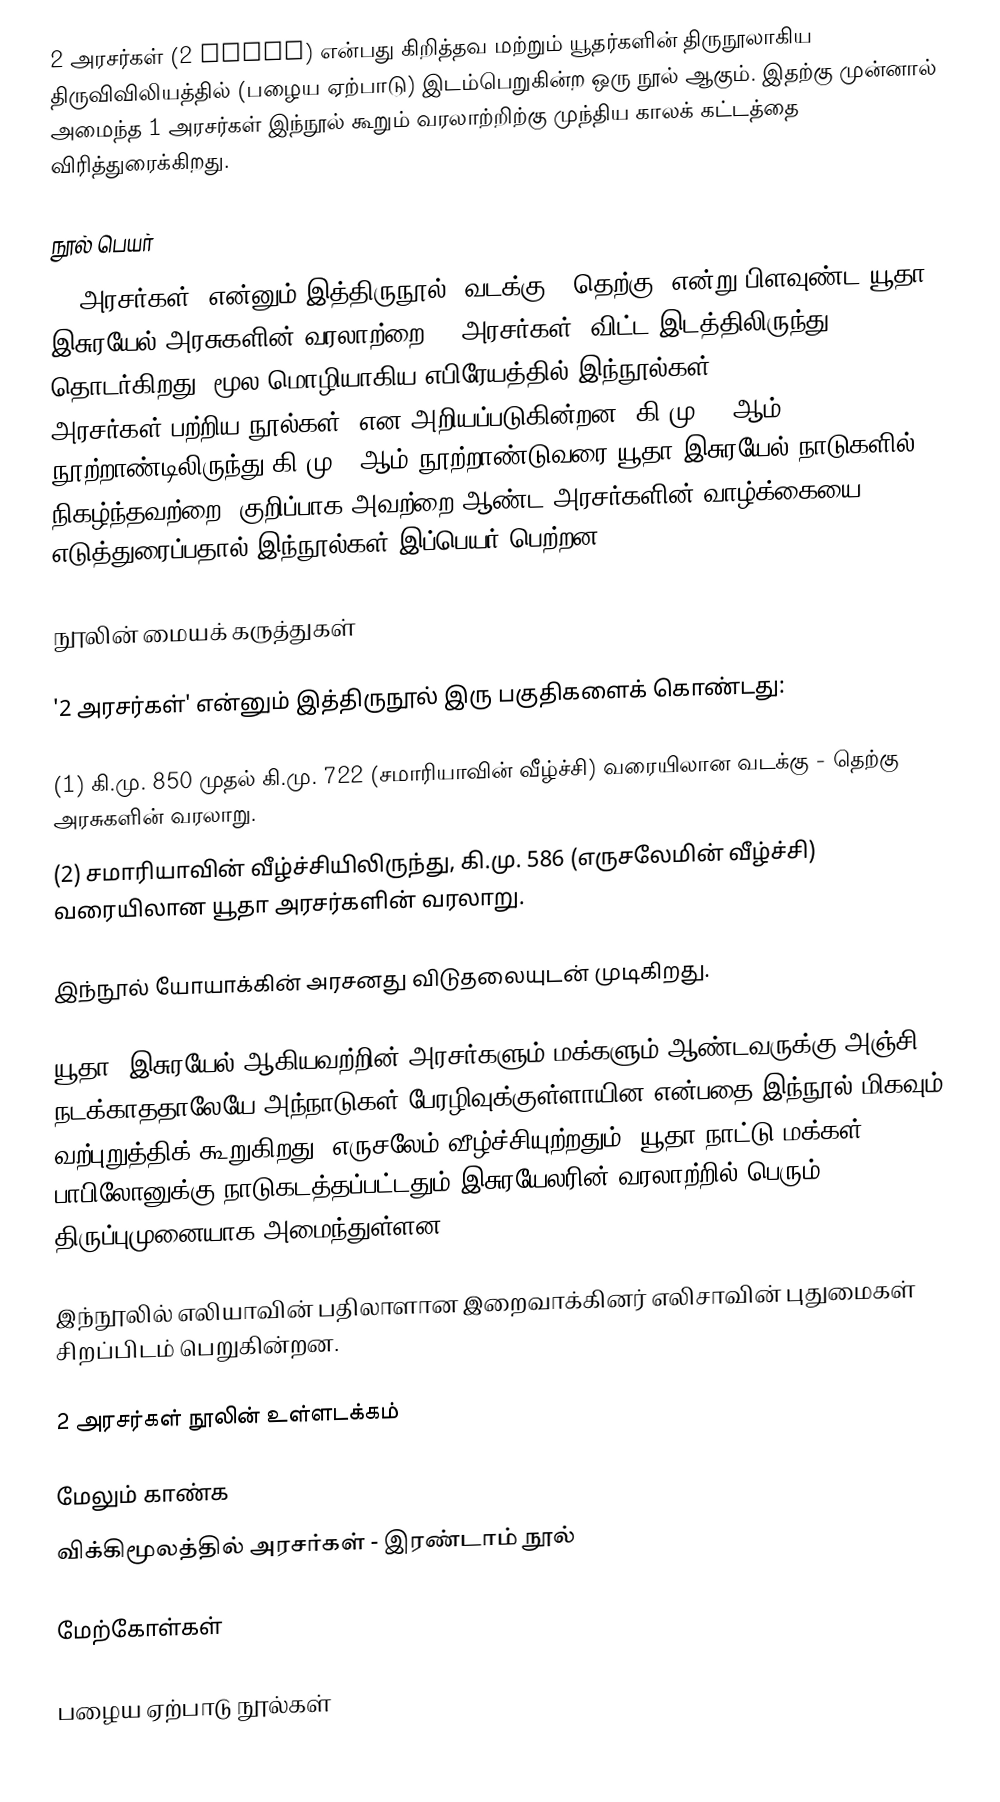
2 அரசர்கள் (2 Kings) என்பது கிறித்தவ மற்றும் யூதர்களின் திருநூலாகிய திருவிவிலியத்தில் (பழைய ஏற்பாடு) இடம்பெறுகின்ற ஒரு நூல் ஆகும். இதற்கு முன்னால் அமைந்த 1 அரசர்கள் இந்நூல் கூறும் வரலாற்றிற்கு முந்திய காலக் கட்டத்தை விரித்துரைக்கிறது.

நூல் பெயர்
"2 அரசர்கள்" என்னும் இத்திருநூல்  "வடக்கு - தெற்கு" என்று பிளவுண்ட யூதா - இசுரயேல் அரசுகளின் வரலாற்றை "1 அரசர்கள்" விட்ட இடத்திலிருந்து தொடர்கிறது. மூல மொழியாகிய எபிரேயத்தில் இந்நூல்கள் "Sefer melakhim" (= அரசர்கள் பற்றிய நூல்கள்) என அறியப்படுகின்றன. கி.மு. 10ஆம் நூற்றாண்டிலிருந்து கி.மு. 6ஆம் நூற்றாண்டுவரை யூதா-இசுரயேல் நாடுகளில் நிகழ்ந்தவற்றை, குறிப்பாக அவற்றை ஆண்ட அரசர்களின் வாழ்க்கையை எடுத்துரைப்பதால் இந்நூல்கள் இப்பெயர் பெற்றன.

நூலின் மையக் கருத்துகள்

'2 அரசர்கள்' என்னும் இத்திருநூல்  இரு பகுதிகளைக் கொண்டது:

(1) கி.மு. 850 முதல் கி.மு. 722 (சமாரியாவின் வீழ்ச்சி) வரையிலான வடக்கு - தெற்கு அரசுகளின் வரலாறு.
(2) சமாரியாவின் வீழ்ச்சியிலிருந்து, கி.மு. 586 (எருசலேமின் வீழ்ச்சி) வரையிலான யூதா அரசர்களின் வரலாறு.

இந்நூல் யோயாக்கின் அரசனது விடுதலையுடன் முடிகிறது.

யூதா, இசுரயேல் ஆகியவற்றின் அரசர்களும் மக்களும் ஆண்டவருக்கு அஞ்சி நடக்காததாலேயே அந்நாடுகள் பேரழிவுக்குள்ளாயின என்பதை இந்நூல் மிகவும் வற்புறுத்திக் கூறுகிறது. எருசலேம் வீழ்ச்சியுற்றதும், யூதா நாட்டு மக்கள் பாபிலோனுக்கு நாடுகடத்தப்பட்டதும் இசுரயேலரின் வரலாற்றில் பெரும் திருப்புமுனையாக அமைந்துள்ளன.

இந்நூலில் எலியாவின் பதிலாளான இறைவாக்கினர் எலிசாவின் புதுமைகள் சிறப்பிடம் பெறுகின்றன.

2 அரசர்கள் நூலின் உள்ளடக்கம்

மேலும் காண்க
விக்கிமூலத்தில் அரசர்கள் - இரண்டாம் நூல்

மேற்கோள்கள்

பழைய ஏற்பாடு நூல்கள்